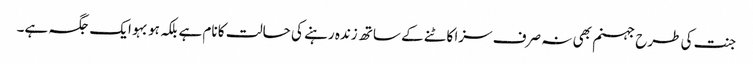
جنت کی طرح جہنم بھی نہ صرف سزا کاٹنے کے ساتھ زندہ رہنے کی حالت کا نام ہے بلکہ ہو بہو ایک جگہ ہے۔